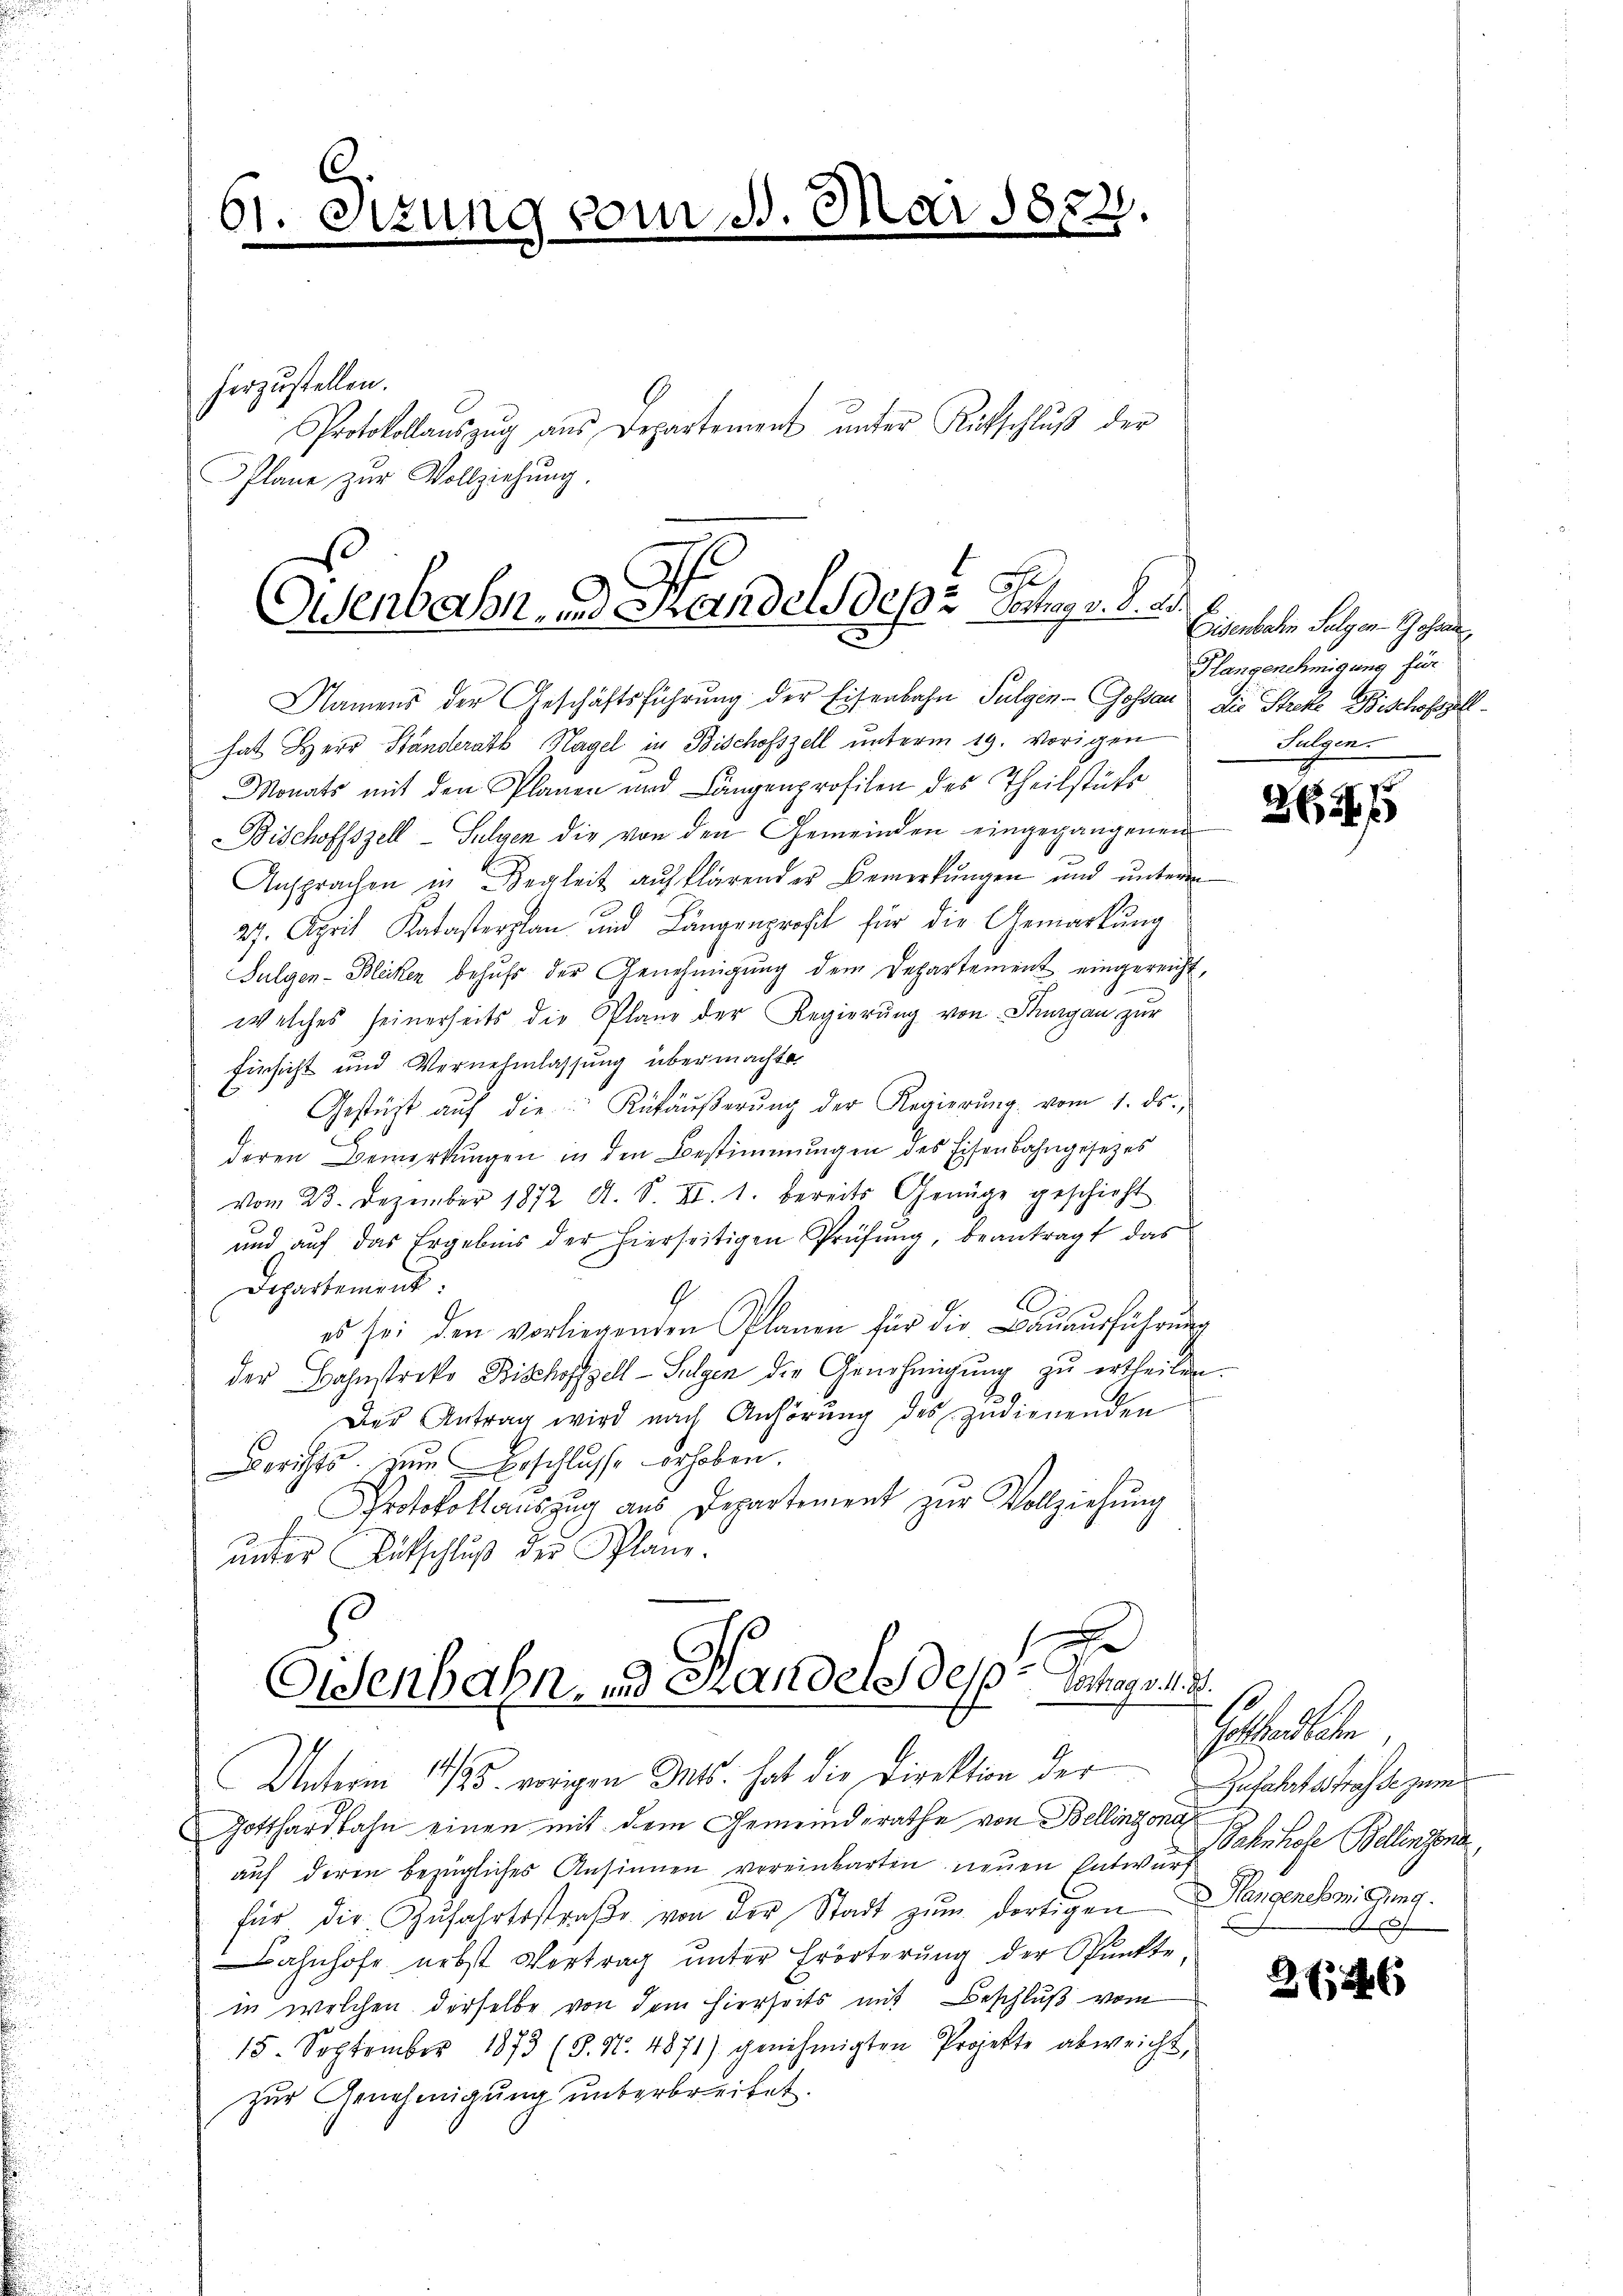
61. Sitzung vom 11. Mai 1882.
.
herzustellen.
Protokollauszug aus Departement ŭnter Rutschluß der
Plane zur Vollziehung.

Eisenbahn. Handels depr. Juny d. 2.
Namens der Geschäftsführung der Eisenbahn Sulgen - Gossar die Streke Bischofzell-

hat Herr Standerath Hagel in Bischofszell unterm 19. vorigen
Monats mit den Planen und Längenprofilen des Theilstücke
Bischoffszell-Sulgen die von den Gemeinden eingegangenen
Ansprachen in Begleit aufklärender Bemerkungen und unterm
27. April Katasterplan und Längenprost für die Gemarkung
Sulgen- Blicken behufs der Genehmigung dem Departement eingereicht,
welches seinerseits die Plane der Regierŭng von Thurgau zur
firsicht und Vernehmlassung übermachte
Gestüzt aŭf die Ruhäŭβerŭng der Regierŭng vom 1. ds.,
deren Bemerkungen in den Bestimmungen des Eisenbahngesezes
vom 23. Dezember 1872 A. S. II. 1. bereits Genüge geschicht
und aŭf das Ergebnis der hierseitigen Prüfŭng, beantragt das
Departement:
4
Si
es sei den vorliegenden Planen für die Baŭaŭsführŭng
der Bahnstreke Bischoffzell-Sulgen die Genehmigung zu ertheilen.
Des Antrag wird nach Anhörung des zudienenden
Berichts. zum Erschlasse erhoben.
Protokollauszug aus Departement zŭr Vollziehung
unter Rutschluß der Plane.
Oldenbahn, und Handers des Verhagy . .

Eisenbehin Folgen Scha
Hlangenehmigung für
Sulgen.

Unterm 11/25. vorigen Mts. hat die Direktion der
Gotthardbahn einen mit dem Gemeinderathe von Bellinzona
auf deren bezügliches Ansinnen vereinbarten neŭen Entwurf Bahnhofe Bellinzona
für die Zŭfahrtsstraβe von der Stadt zŭm dortigen
Bahnhofe nebst Vertrag unter Erörterung der Punkte,
in welchen derselbe von dem hierseits mit Beschluß vom
u
15. September 1873 (S. Nr. 4871) genehmigten Projekte abweicht,
zur Genehmigung unterbreitet.
u
z
i
a

2647

Gestandelten
Zufahrtsstrasse zum
Hangenehmigung.

2 12 x